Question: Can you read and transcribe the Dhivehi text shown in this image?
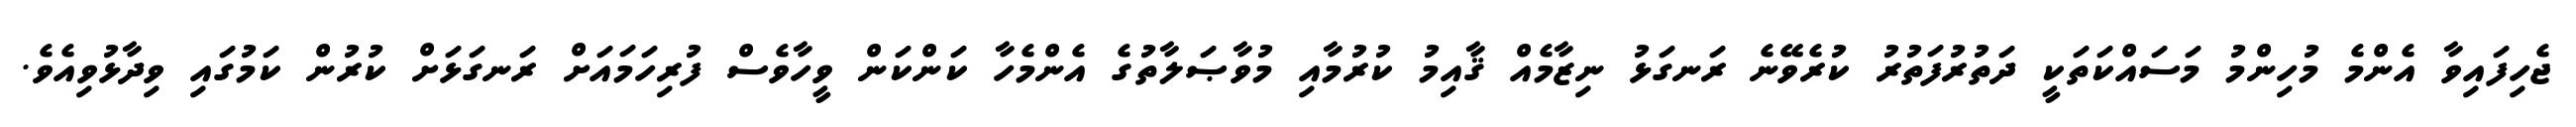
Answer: ޖެހިފައިވާ އެންމެ މުހިންމު މަސައްކަތަކީ ދަތުރުފަތުރު ކުރެވޭނެ ރަނގަޅު ނިޒާމެއް ޤާއިމު ކުރުމާއި މުވާޞަލާތުގެ އެންމެހާ ކަންކަން ވީހާވެސް ފުރިހަމައަށް ރަނގަޅަށް ކުރުން ކަމުގައި ވިދާޅުވިއެވެ.